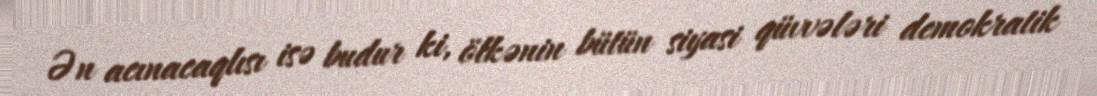
Ən acınacaqlısı isə budur ki, ölkənin bütün siyasi qüvvələri demokratik